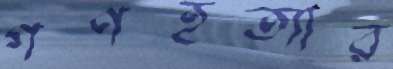
গণহত্যার